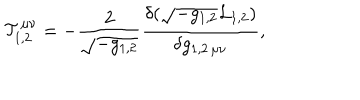
LaTeX: { \cal T } _ { 1 , 2 } ^ { \mu \nu } = - { \frac { 2 } { \sqrt { - g _ { 1 , 2 } } } } { \frac { \delta ( \sqrt { - g _ { 1 , 2 } } { \cal L } _ { 1 , 2 } ) } { \delta g _ { 1 , 2 \, \mu \nu } } } ,